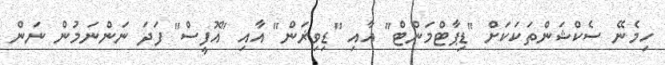
ހިމެނޭ ސެކްޝަންތަކަކަށް "ޑިޕާޓްމަންޓް" އާއި "ޑިވިޜަން" އާއި "އޮފީސް" ފަދަ ނަންނަމުން ނަން